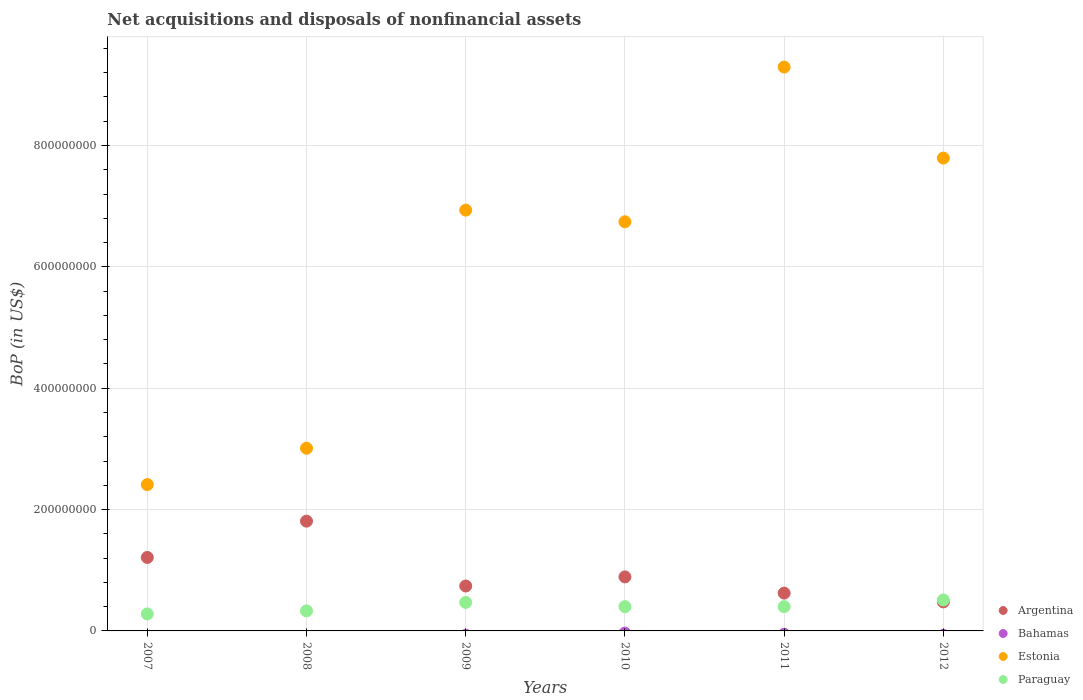
| Years | Argentina | Bahamas | Estonia | Paraguay |
 | --- | --- | --- | --- | --- |
 | 2007 | 1.21e+08 | -7.57e+07 | 2.41e+08 | 2.8e+07 |
 | 2008 | 1.81e+08 | -1.68e+07 | 3.01e+08 | 3.3e+07 |
 | 2009 | 7.4e+07 | -7.18e+06 | 6.94e+08 | 4.7e+07 |
 | 2010 | 8.9e+07 | -3.57e+06 | 6.74e+08 | 4e+07 |
 | 2011 | 6.23e+07 | -5.54e+06 | 9.29e+08 | 4e+07 |
 | 2012 | 4.78e+07 | -7.28e+06 | 7.79e+08 | 5.1e+07 |